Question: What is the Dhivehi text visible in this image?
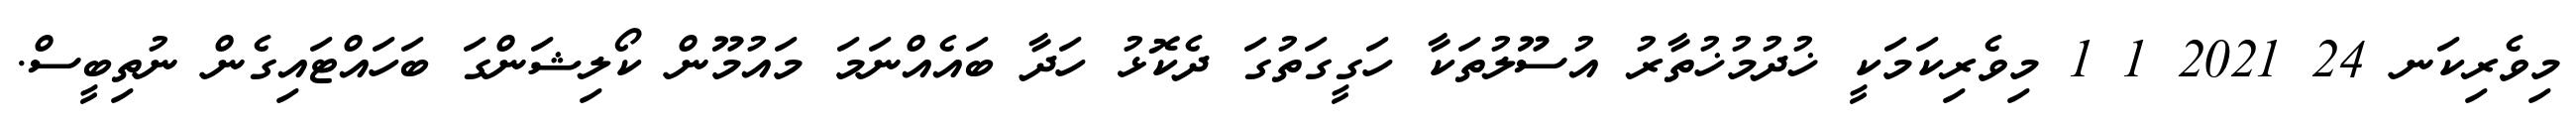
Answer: މިވެރިކަނ 24 2021 1 1 މިވެރިކަމަކީ ޚުދުމުޚުތާރު އުސޫލުތަކާ ހަގީގަތުގަ ދެކޮޅު ހަދާ ބައެއްނަމަ މައުމޫން ކޯލިޝަންގަ ބަހައްޓައިގެން ނުތިބީސް.